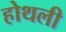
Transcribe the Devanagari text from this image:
होथली